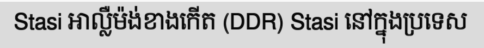
Stasi អាល្លឺម៉ង់ខាងកើត (DDR) Stasi នៅក្នុងប្រទេស